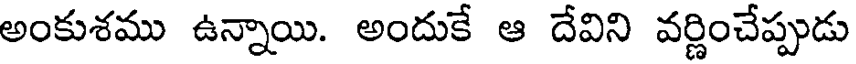
అంకుశము ఉన్నాయి. అందుకే ఆ దేవిని వర్ణించేప్పుడు